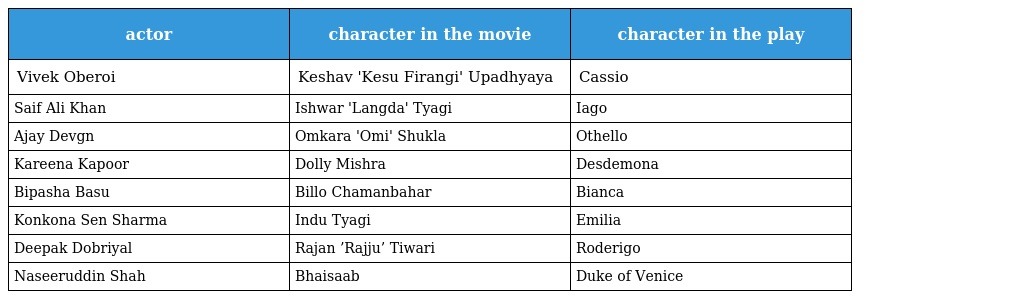
| actor | character in the movie | character in the play |
 | --- | --- | --- |
 | Vivek Oberoi | Keshav 'Kesu Firangi' Upadhyaya | Cassio |
 | Saif Ali Khan | Ishwar 'Langda' Tyagi | Iago |
 | Ajay Devgn | Omkara 'Omi' Shukla | Othello |
 | Kareena Kapoor | Dolly Mishra | Desdemona |
 | Bipasha Basu | Billo Chamanbahar | Bianca |
 | Konkona Sen Sharma | Indu Tyagi | Emilia |
 | Deepak Dobriyal | Rajan ’Rajju’ Tiwari | Roderigo |
 | Naseeruddin Shah | Bhaisaab | Duke of Venice |